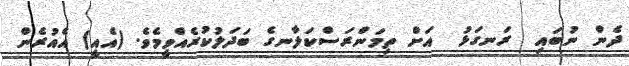
ދެން ނުބައި  ރަނގަޅު  އަށް ތިމަންރަސްކަލާނގެ ބަދަލުކުރެއްވީމެވެ. (އެއީ) އެއުރެން